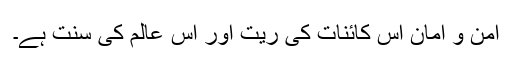
امن و امان اس کائنات کی ریت اور اس عالم کی سنت ہے۔